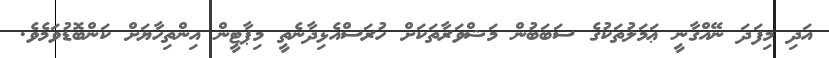
އަދި މިފަދަ ނޭއްގާނީ ޢަމަލުތަކުގެ ސަބަބުން މަޝްވަރާތަކަށް ހުރަސްއެޅިދާނެތީ މިޕާޓީން އިންތިހާޔަށް ކަންބޮޑުވަމެވެ.